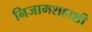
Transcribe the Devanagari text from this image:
निजामशहाशी